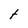
Character: t